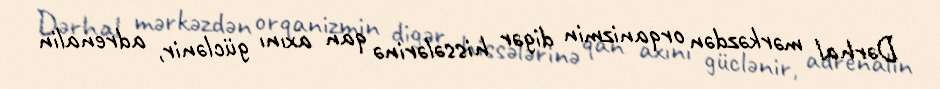
Dərhal mərkəzdən orqanizmin digər hissələrinə qan axını güclənir, adrenalin